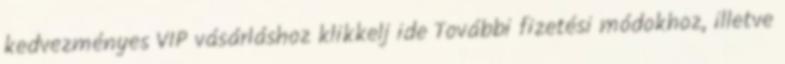
kedvezményes VIP vásárláshoz klikkelj ide További fizetési módokhoz, illetve